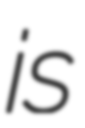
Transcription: is